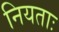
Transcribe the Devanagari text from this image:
नियताः